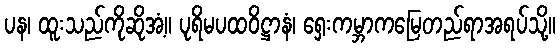
ပန၊ ထူးသည်ကိုဆိုအံ့။ ပုရိမပထဝိဋ္ဌာနံ၊ ရှေးကမ္ဘာကမြေတည်ရာအရပ်သို့။